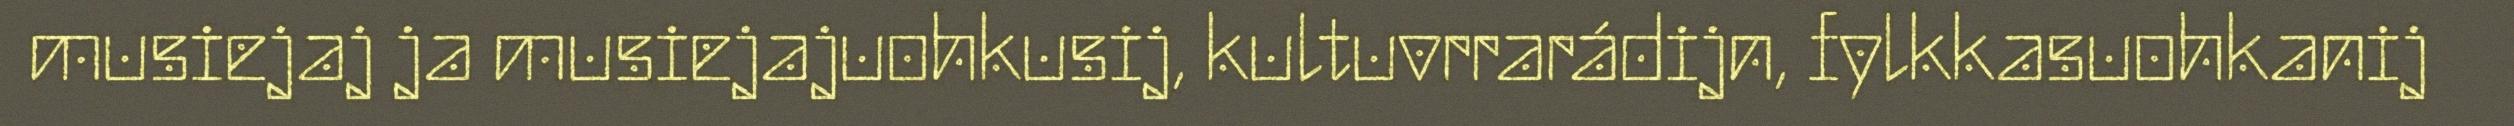
musiejaj ja musiejajuohkusij, kultuvrrarádijn, fylkkasuohkanij